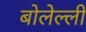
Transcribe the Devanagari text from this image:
बोलेल्ली